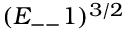
( E _ { -- } 1 ) ^ { 3 / 2 }